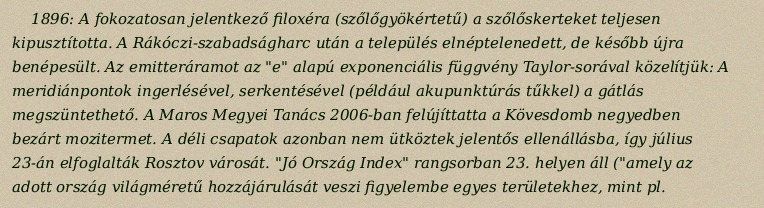
1896: A fokozatosan jelentkező filoxéra (szőlőgyökértetű) a szőlőskerteket teljesen kipusztította. A Rákóczi-szabadságharc után a település elnéptelenedett, de később újra benépesült. Az emitteráramot az "e" alapú exponenciális függvény Taylor-sorával közelítjük: A meridiánpontok ingerlésével, serkentésével (például akupunktúrás tűkkel) a gátlás megszüntethető. A Maros Megyei Tanács 2006-ban felújíttatta a Kövesdomb negyedben bezárt mozitermet. A déli csapatok azonban nem ütköztek jelentős ellenállásba, így július 23-án elfoglalták Rosztov városát. "Jó Ország Index" rangsorban 23. helyen áll ("amely az adott ország világméretű hozzájárulását veszi figyelembe egyes területekhez, mint pl.